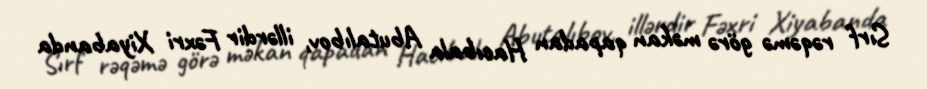
Sırf rəqəmə görə məkan qapadan Hacıbala Abutalıbov, illərdir Fəxri Xiyabanda